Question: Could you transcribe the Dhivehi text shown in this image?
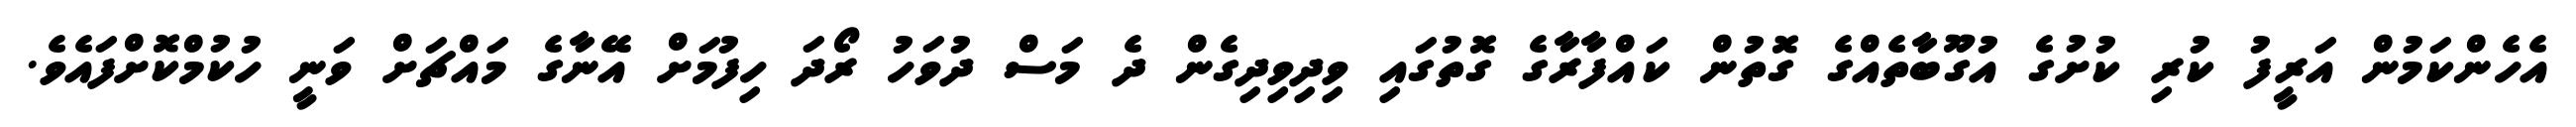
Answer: އެހެންކަމުން އަރީފު ކުރި ކުށުގެ އުގޫބާތެއްގެ ގޮތުން ކައްފާރާގެ ގޮތުގައި ވިދިވިދިގެން ދެ މަސް ދުވަހު ރޯދަ ހިފުމަށް އޭނާގެ މައްޗަށް ވަނީ ހުކުމްކޮށްފައެވެ.